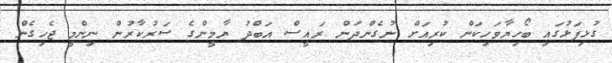
ގުޅިފަޅުގައި ބޯހިޔާވަހިކަން ކުރިއަށް ނުގެންދަން ރައީސް އަބްދު ޔާމީންގެ ސަރުކާރުން ނިންމީ ޖެހިގެން